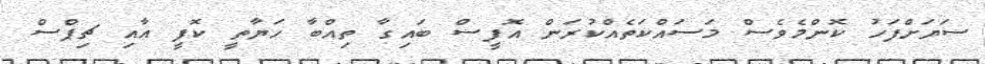
ސަޔަށްފަހު ކޮންމެވެސް މަސައްކަތެއްކުރަން އޮފީސް ބައިގާ ތިއްބާ ހަޔާތީ ކޮފީ އާއި ޗިޕްސް